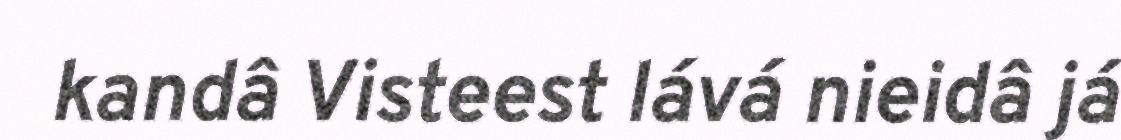
kandâ Visteest lává nieidâ já